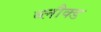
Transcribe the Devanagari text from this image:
ब्लौक्ड